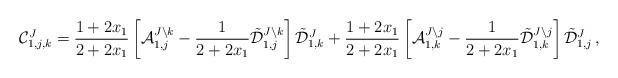
LaTeX: \begin{align*}\mathcal{C}_{1,j,k}^{J} =\frac{1+2x_{1}}{2+2x_{1}} \left[ \mathcal{A}_{1,j}^{J\setminus k }-\frac{1}{2+2x_{1}}\tilde{\mathcal{D}}_{1,j}^{J\setminus k }\right]\tilde{\mathcal{D}}_{1,k}^{J} +\frac{1+2x_{1}}{2+2x_{1}}\left[\mathcal{A}_{1,k}^{J\setminus j }-\frac{1}{2+2x_{1}}\tilde{\mathcal{D}}_{1,k}^{J\setminus j }\right]\tilde{\mathcal{D}}_{1,j}^{J }\,,\end{align*}